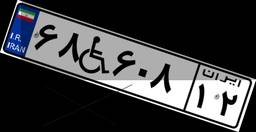
۶۸W۶۰۸۱۲